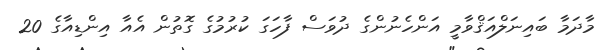
މާދަމާ ބައިނަލްއަޤްވާމީ އަންހެނުންގެ ދުވަސް ފާހަގަ ކުރުމުގެ ގޮތުން އެއާ އިންޑިއާގެ 20